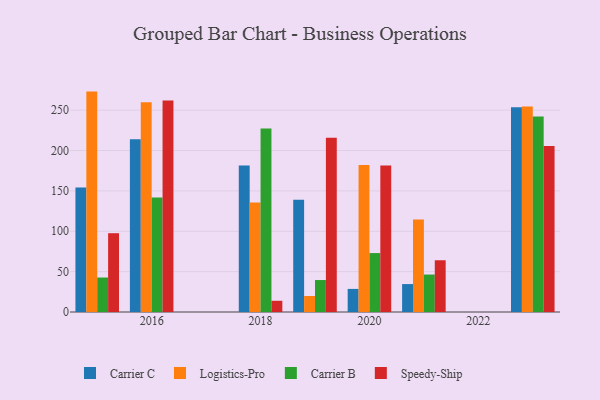
{"axis": {"x": "Year", "y": "Population (Million)"}, "legend": ["Carrier B", "Carrier C", "Logistics-Pro", "Speedy-Ship"], "data": [{"x": "2021", "y": 34.6, "type": "Carrier C"}, {"x": "2021", "y": 114.7, "type": "Logistics-Pro"}, {"x": "2021", "y": 46.4, "type": "Carrier B"}, {"x": "2021", "y": 64.1, "type": "Speedy-Ship"}, {"x": "2020", "y": 28.6, "type": "Carrier C"}, {"x": "2020", "y": 182.1, "type": "Logistics-Pro"}, {"x": "2020", "y": 73.0, "type": "Carrier B"}, {"x": "2020", "y": 181.4, "type": "Speedy-Ship"}, {"x": "2015", "y": 154.2, "type": "Carrier C"}, {"x": "2015", "y": 273.0, "type": "Logistics-Pro"}, {"x": "2015", "y": 42.7, "type": "Carrier B"}, {"x": "2015", "y": 97.6, "type": "Speedy-Ship"}, {"x": "2018", "y": 181.4, "type": "Carrier C"}, {"x": "2018", "y": 135.7, "type": "Logistics-Pro"}, {"x": "2018", "y": 227.3, "type": "Carrier B"}, {"x": "2018", "y": 13.9, "type": "Speedy-Ship"}, {"x": "2019", "y": 139.0, "type": "Carrier C"}, {"x": "2019", "y": 19.8, "type": "Logistics-Pro"}, {"x": "2019", "y": 39.6, "type": "Carrier B"}, {"x": "2019", "y": 215.8, "type": "Speedy-Ship"}, {"x": "2023", "y": 253.6, "type": "Carrier C"}, {"x": "2023", "y": 254.5, "type": "Logistics-Pro"}, {"x": "2023", "y": 242.2, "type": "Carrier B"}, {"x": "2023", "y": 205.6, "type": "Speedy-Ship"}, {"x": "2016", "y": 214.1, "type": "Carrier C"}, {"x": "2016", "y": 259.7, "type": "Logistics-Pro"}, {"x": "2016", "y": 141.7, "type": "Carrier B"}, {"x": "2016", "y": 262.0, "type": "Speedy-Ship"}]}